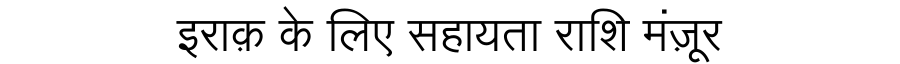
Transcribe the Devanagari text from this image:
इराक़ के लिए सहायता राशि मंज़ूर